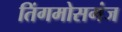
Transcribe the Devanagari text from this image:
तिंगमोसगंज